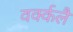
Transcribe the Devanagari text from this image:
वर्क्कलै